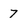
Character: 7